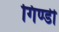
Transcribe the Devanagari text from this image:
गिण्डी